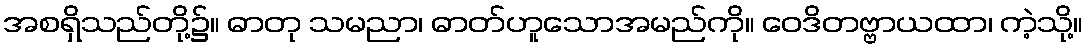
အစရှိသည်တို့၌။ ဓာတု သမညာ၊ ဓာတ်ဟူသောအမည်ကို။ ဝေဒိတဗ္ဗာယထာ၊ ကဲ့သို့။